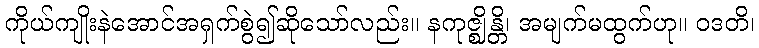
ကိုယ်ကျိုးနဲအောင်အရှက်စွဲ၍ဆိုသော်လည်း။ နကုဇ္ဈိန္တိ၊ အမျက်မထွက်ဟု။ ဝဒတိ၊